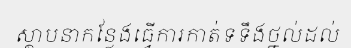
ស្ថាបនាកន្លែងធ្វើការកាត់ទទឹងថ្នល់ដល់